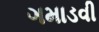
ગમાડવી